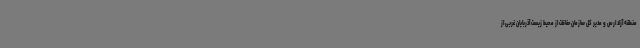
منطقه آزاد ارس و مدیر کل سازمان حفاظت از محیط زیست آذربایان غربی از